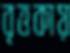
বৃত্তকায়